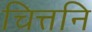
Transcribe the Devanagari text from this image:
चित्तनि